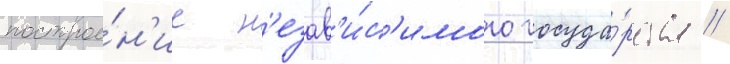
построе́н'ие н'езав'и́с'имого госуда́рства //